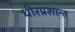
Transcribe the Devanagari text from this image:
धीरप्रशान्त